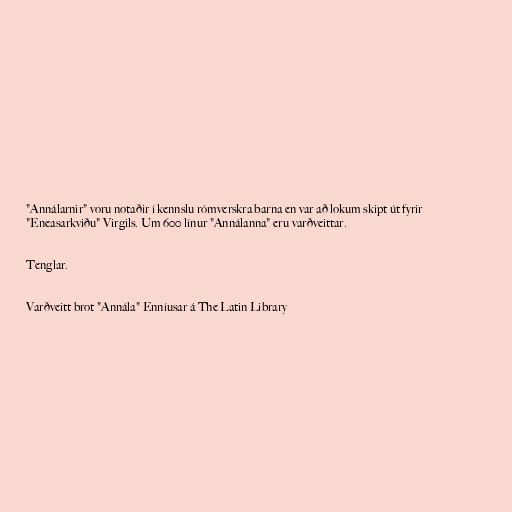
"Annálarnir" voru notaðir í kennslu rómverskra barna en var að lokum skipt út fyrir
"Eneasarkviðu" Virgils. Um 600 línur "Annálanna" eru varðveittar.

Tenglar.

Varðveitt brot "Annála" Enníusar á The Latin Library